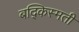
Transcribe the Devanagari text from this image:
बद्किस्मती